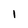
Character: 1